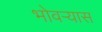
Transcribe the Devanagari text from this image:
भोवर्‍यास